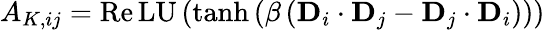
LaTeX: {A}_{K,ij}=\operatorname{R\mathrm{e}LU}\left(\operatorname{tanh}\left(\beta\left(\mathbf{{D}}_{i}\cdot\mathbf{{D}}_{j}-\mathbf{{D}}_{j}\cdot\mathbf{{D}}_{i}\right)\right)\right)